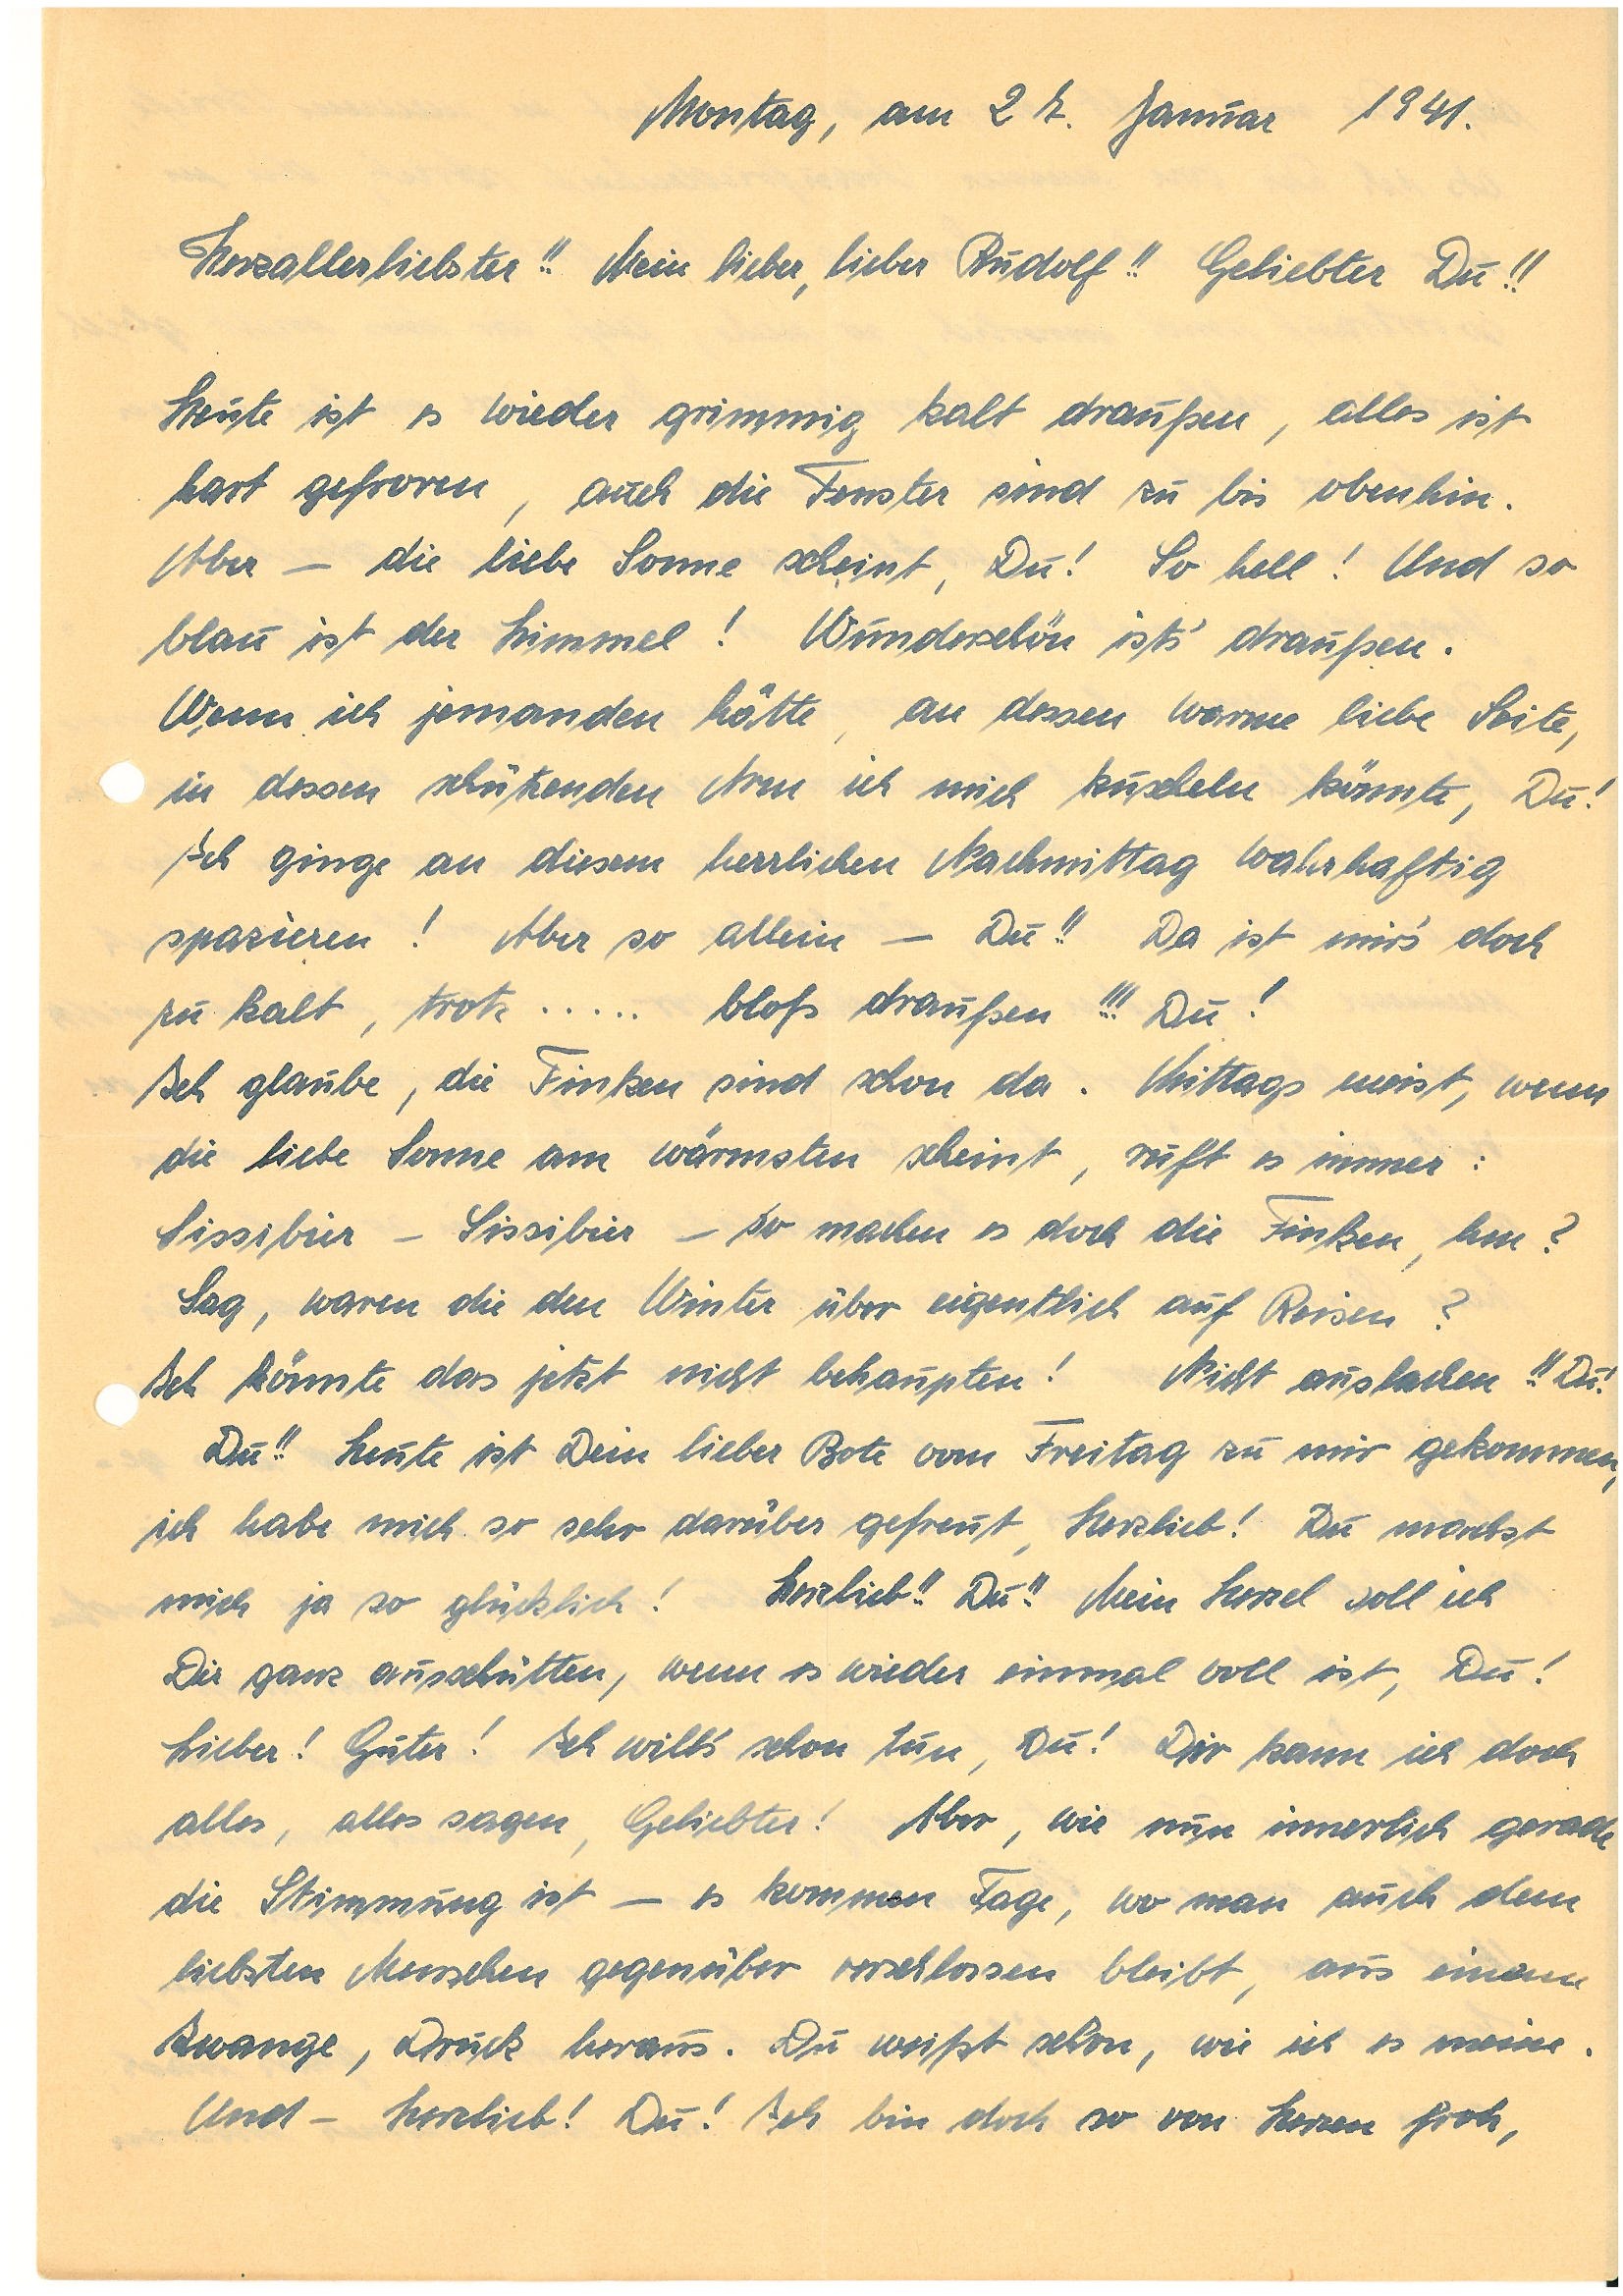
Montag, am 27. Januar 1941.
Herzallerliebster!! Meine lieber, lieber !! Geliebter Du!!
Heute ist es wieder grimmig kalt draußen, alles ist
hart gefroren, auch die Fenster sind zu bis obenhin.
Aber – die liebe Sonne scheint, Du! So hell! Und so
blau ist der Himmel! Wunderschön ists draußen.
Wenn ich jemanden hätte an dessen warmer lieber Seite,
in dessen schützenden Arm ich mich kuscheln könnte, Du!
Ich ginge an diesem herrlichen Nachmittag wahrhaftig
spazieren! Aber so allein – Du!! da ist mir’s doch
zu kalt, trotz… bloß draußen!!! Du!
Ich glaube, die Finken sind schon da. Mittags meist wenn
die liebe Sonne am wärmsten scheint, ruft es immer:
Sissibier – Sissibier so machen es doch die Finken, hm?
Sag, waren die den Winter über eigentlich auf Reisen?
Ich könnte das jetzt nicht behaupten! Nicht auslachen!! Du!
Du!! Heute ist Dein lieber Bote vom Freitag zu mir gekommen,
ich habe mich so sehr darüber gefreut, Herzlieb! Du machst
mich ja so glücklich! Herzlieb!! Du!! Mein Herzel soll ich
Dir ganz ausschütten, wenn es wieder einmal voll ist, Du!
Lieber! Guter! Ich will`s schon tun, Du! Dir kann ich doch
alles, alles sagen, Geliebter! Aber, wie nun innerlich gerade,
die Stimmung ist – es kommen Tage, wo man auch dem
liebsten Menschen gegenüber verschlossen bleibt, aus einem
Zwange, Druck heraus. Du weißt schon, wie ich es meine
und – Herzlieb! Du! Ich bin doch so von Herzen froh,